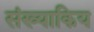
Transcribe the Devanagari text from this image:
संख्याकिय